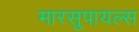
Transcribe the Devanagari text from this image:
मारसुपायल्स